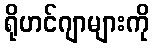
ရိုဟင်ဂျာများကို